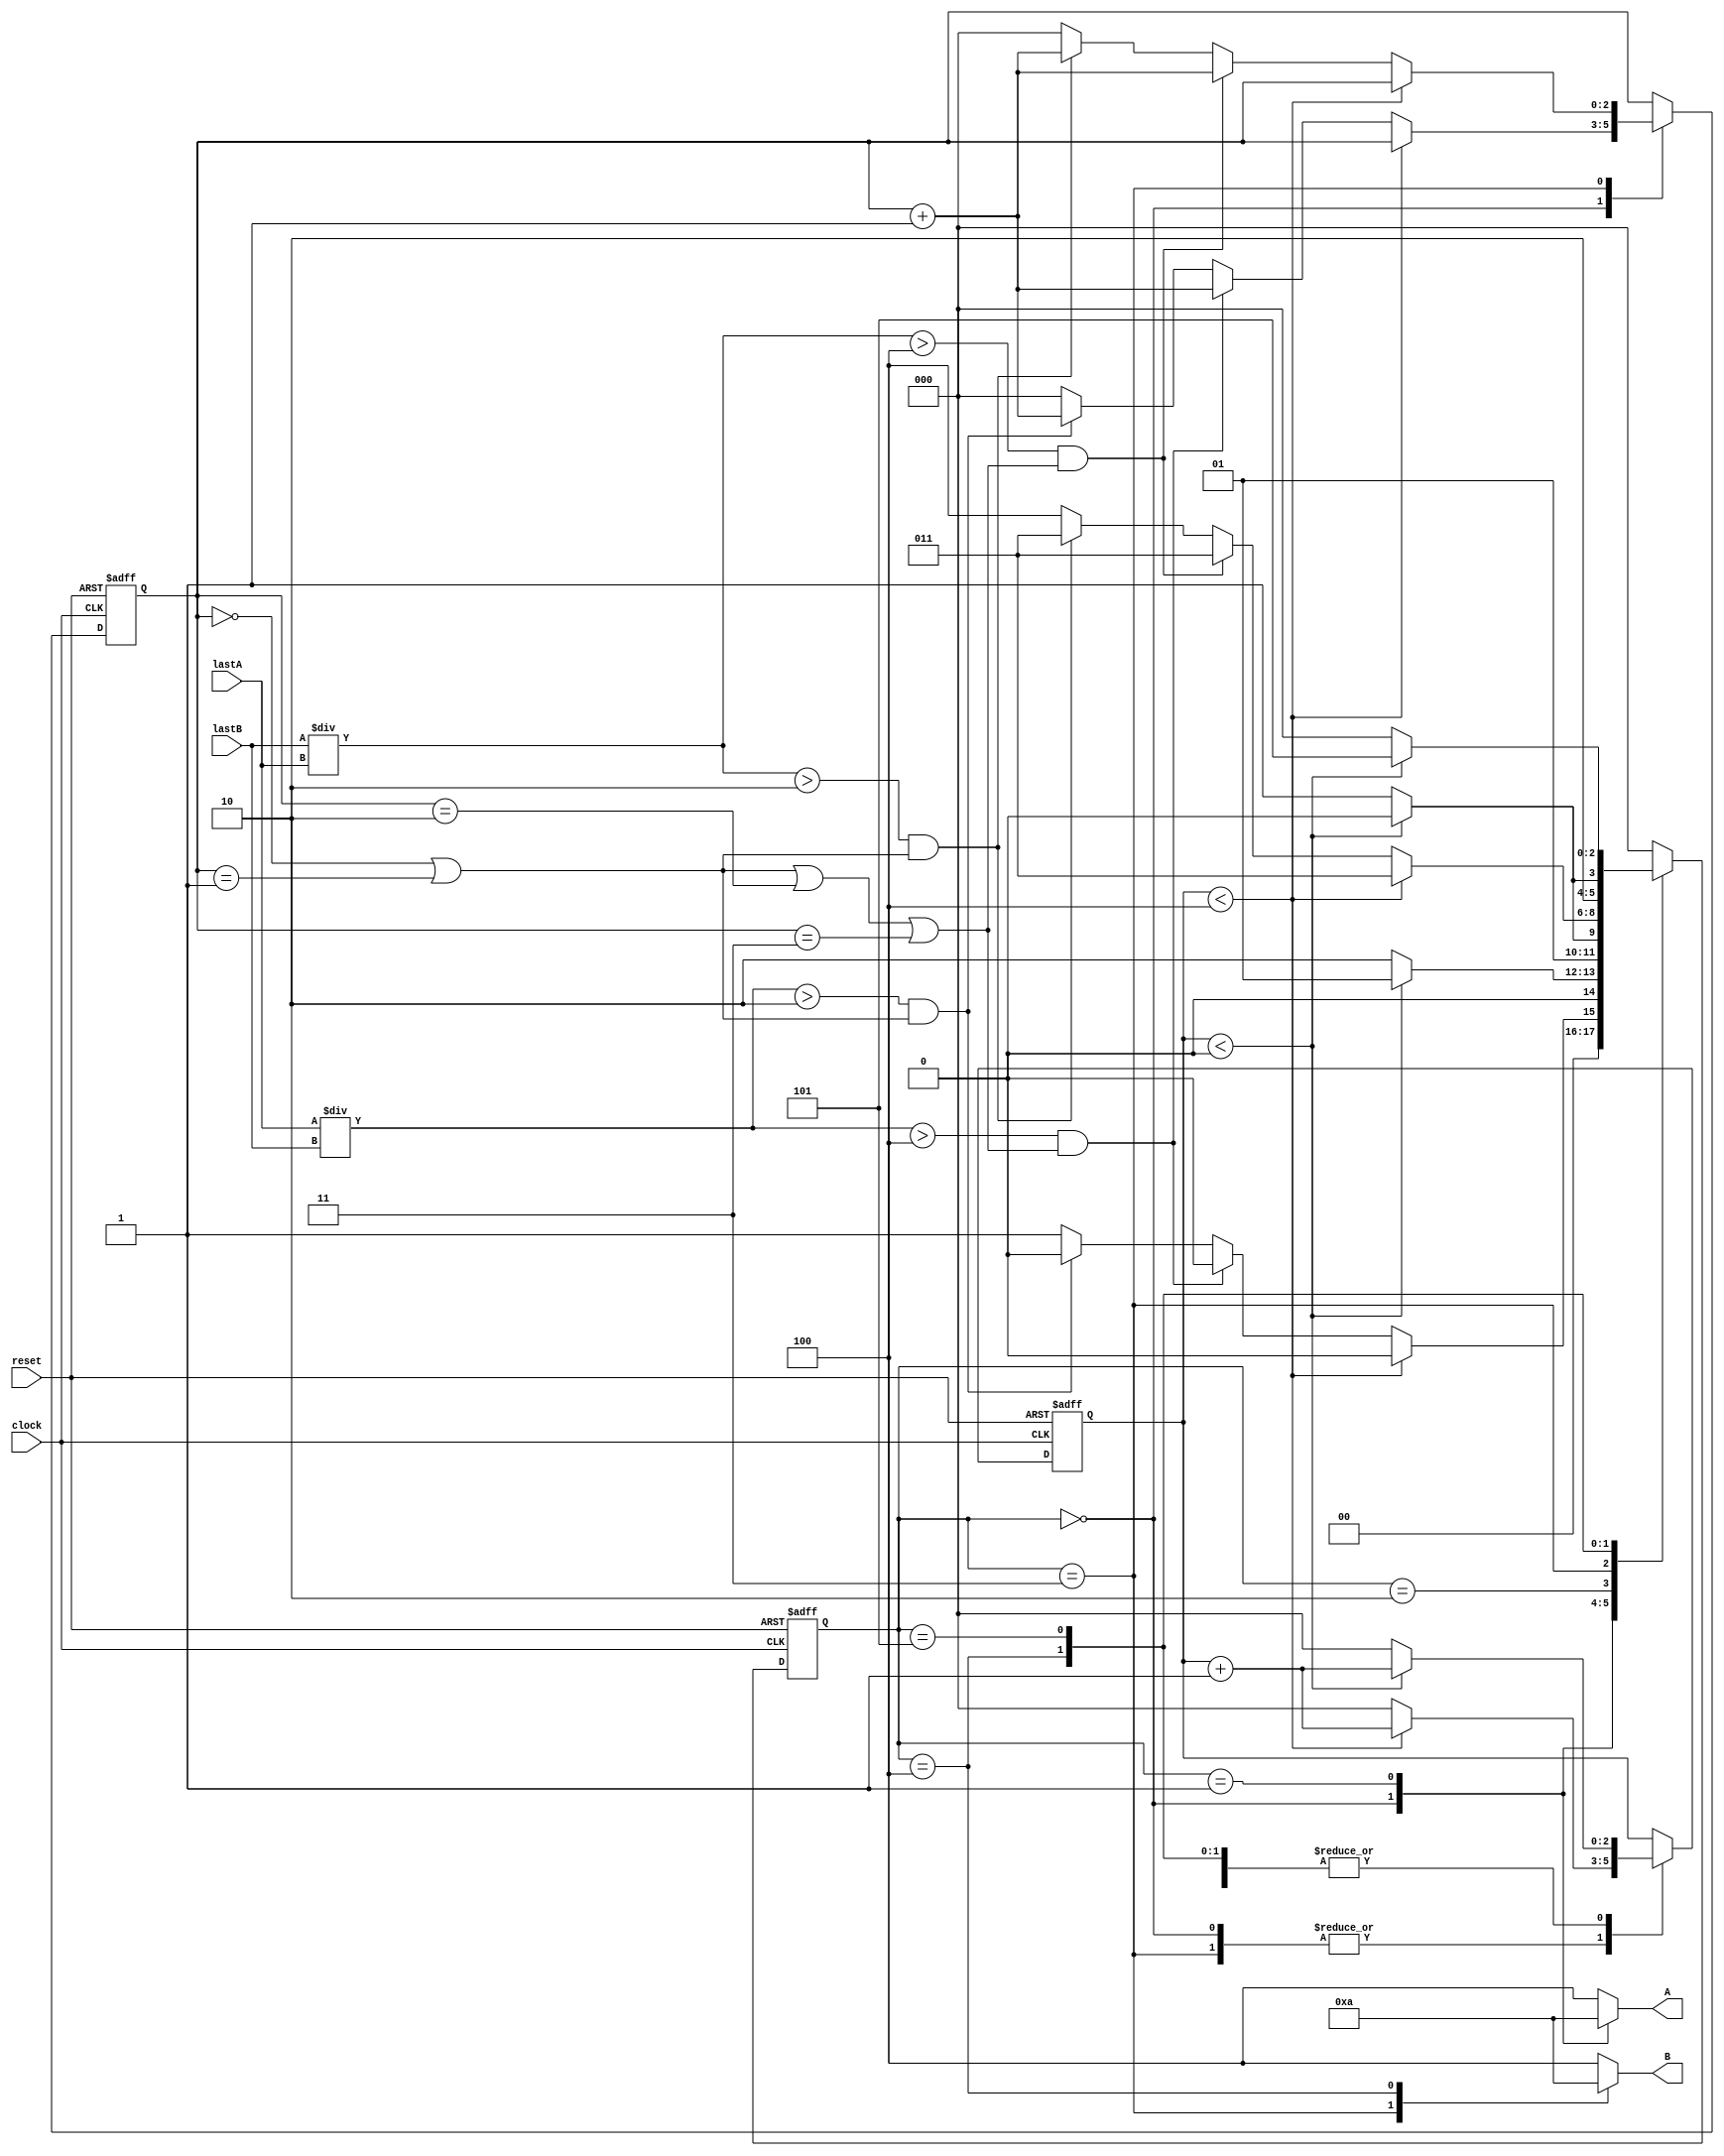

module traffic_light (
    input reset,
    input clock,
    input [7:0] lastA,
    input [7:0] lastB,

    output reg [2:0] A,
    output reg [2:0] B
);
reg [2:0] _repeat;    
reg [2:0] state;
reg [2:0] _time;


localparam 
S0 = 3'b000,
S1 = 3'b001,
S2 = 3'b010,
S3 = 3'b011,
S4 = 3'b100,
S5 = 3'b101;

localparam
fiveSecound = 3'd4,
oneSecound = 3'd0;

 always @(posedge clock or posedge reset)


if (reset == 1) begin
    state <=S0;
    _time <= 0;
    _repeat <= 0;
end else
    case (state)
//A is green
//B is redf
        S0: if (_time < fiveSecound)
            begin
            state <= S0;
            _time <= _time + 1;
            end 

            else if (lastA/lastB > 4 && (_repeat ==  0 || _repeat== 1 || _repeat== 2 || _repeat== 3 ))
            begin   
            state <= S0;
            _time <= 0;
            _repeat <= _repeat + 1;
            end 

            else if (lastA/lastB > 2 && (_repeat ==  0 || _repeat== 1))
            begin
            state <= 0;
            _time <= 0;
            _repeat <= _repeat + 1;    
            end

            else  
            begin
            state <= S1;
            _time <= 0;
            _repeat <= 0;                
            end
        
            
            
//A is yellow
//B is red
        S1: if (_time < oneSecound) 
        begin
            state <= S1;
            _time <= _time + 1;
        end

        else 
        begin
            state <= S2;
            _time <= 0;
        end
//A is red
//B is red
        S2: if (_time < oneSecound) 
        begin
            state <= S2;
            _time <= _time + 1;
        end

        else 
        begin
            state <= S3;
            _time <= 0;
        end
//A is red
//B is green
        S3: if (_time < fiveSecound) 
        begin
            state <= S3;
            _time <= _time + 1;
        end
        
        else if (lastB/lastA > 4 && (_repeat ==  0 || _repeat== 1 || _repeat== 2 || _repeat== 3 )) 
        begin
            state <= S3;
            _time <= 0;
            _repeat <= _repeat + 1;
        end

        else if (lastB/lastA > 2 && (_repeat ==  0 || _repeat== 1))
        begin
            state <= S3;
            _time <= 0;
            _repeat <= _repeat + 1;    
        end

        else
        begin
            state <= S4;
            _time <= 0;
            _repeat <= 0;
        end
//A is red
//B is yellow
        S4: if (_time < oneSecound) 
        begin
            state <= S4;
            _time <= _time + 1;
        end

        else 
        begin
            state <= S5;
            _time <= 0;
        end
//A is red
//B is red
        S5: if (_time < oneSecound) 
        begin
            state <= S5;
            _time <= _time + 1;
        end 
        else 
        begin
            state <= S0;
            _time <= 0;
        end

        default: state<= S0; 
    endcase

    always @(*) begin
        
            case (state)
               S0 : begin
                   A <= 3'b001;
                   B <= 3'b100;
                    end

               S1 : begin
                   A <= 3'b010;
                   B <= 3'b100;
                    end


               S2 : begin
                   A <= 3'b100;
                   B <= 3'b100;
                    end


               S3 : begin
                   A <= 3'b100;
                   B <= 3'b001;
                    end


               S4 : begin
                   A <= 3'b100;
                   B <= 3'b010;
                    end

               S5 : begin
                   A <= 3'b100;
                   B <= 3'b100;
                    end


             default: 
                 begin
                       A <= 3'b100;
                       B <= 3'b100;
                 end
            endcase

    end
    
endmodule